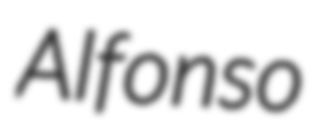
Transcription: Alfonso